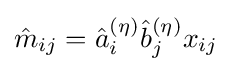
{\hat {m}}_{ij}={\hat {a}}_{i}^{(\eta )}{\hat {b}}_{j}^{(\eta )}x_{ij}